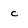
Character: c